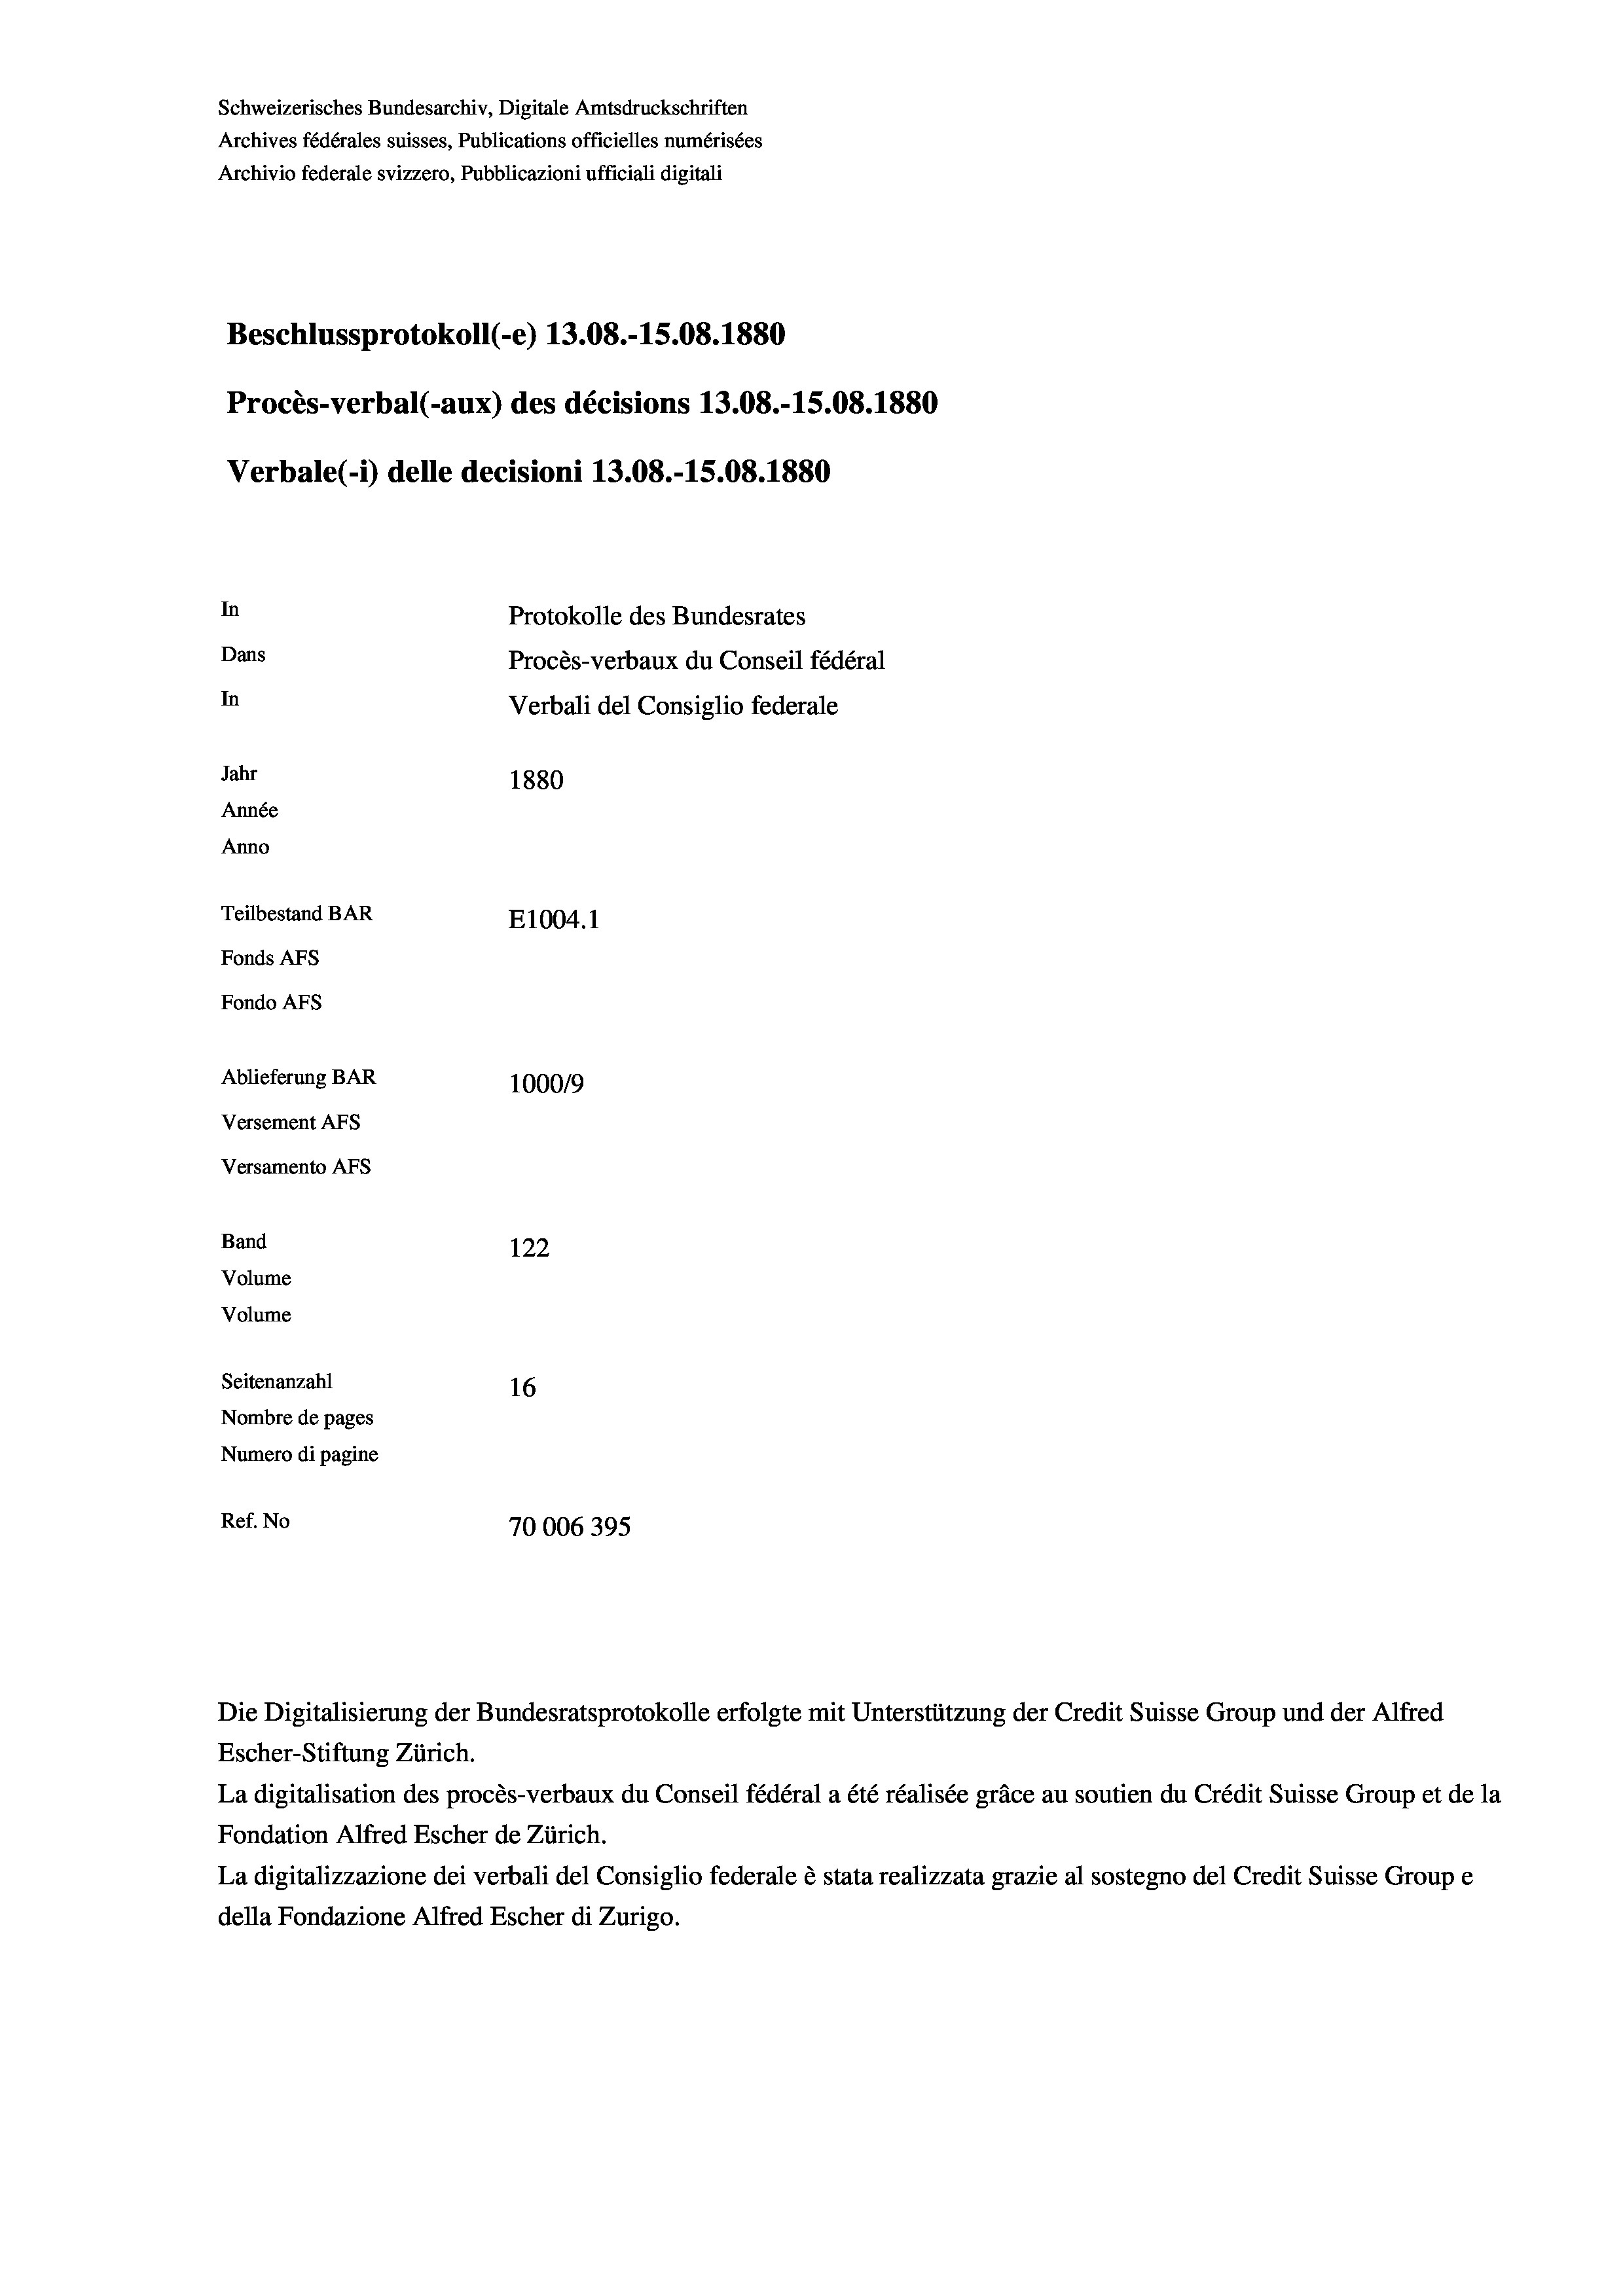
Schweizerisches Bundesarchiv, Digitale Amtsdruckschriften
Archives fédérales suisses, Publications officielles numérisées
Archivio federale svizzero, Pubblicazioni ufficiali digitali
Beschlussprotokoll (-e) 13.08.-15.08. 1880
Procès-verbal (-aux) des décisions 13.08.-15.08. 1880
Verbale(- 1) delle decisioni 13.08.-15.08. 1880
In
Protokolle des Bundesrates
Dans
Procès-verbaux du Conseil fédéral
In
Verbali del Consiglio federale
Jahr
1880
Année
Anno
Teilbestand BAR
E1004.1
Fonds AFs
Fondo Afs
Ablieferung BAR
1000/9
Versement AFs
Versamento Afs

122
Volume
Volume
Seitenanzahl
16
Nombre de pages
Numero di pagine
Ref. No
70006395

Band

Die Digitalisierung der Bundesratsprotokolle erfolgte mit Unterstützung der Credit Suisse Group und der Alfred
Escher-Stiftung Zürich.
La digitalisation des procès-verbaux du Conseil fédéral a été réalisée gräce au soutien du Crédit Suisse Group et de la
Fondation Alfred Escher de Zürich.
La digitalizzazione dei verbali del Consiglio federale è stata realizzata grazie al sostegno del Credit Suisse Groupe
della Fondazione Alfred Escher di Zurigo.